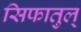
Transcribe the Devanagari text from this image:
सिफातुल्